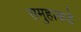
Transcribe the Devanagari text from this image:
समुहाकडे